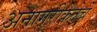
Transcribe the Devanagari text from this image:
अनागरीकेतेचे